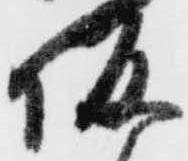
坂